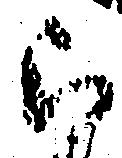
被